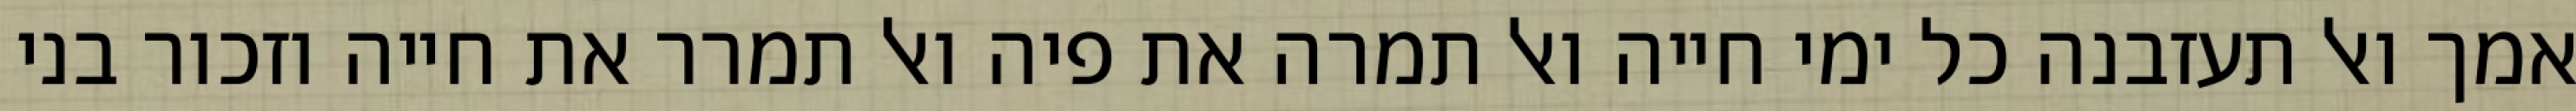
אמך ואל תעזבנה כל ימי חייה ואל תמרה את פיה ואל תמרר את חייה וזכור בני